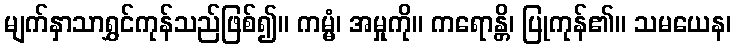
မျက်နှာသာရွှင်ကုန်သည်ဖြစ်၍။ ကမ္မံ၊ အမှုကို။ ကရောန္တိ၊ ပြုကုန်၏။ သမယေန၊